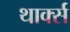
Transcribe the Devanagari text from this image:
थार्क्स